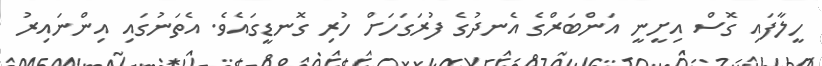
ހީލާފައި ގޮސް އިށީނީ އަންބަރްގެ އެނދުގެ ފުރަގަހަށް ހުރި ގޮނޑީގައެވެ. އެތަނުގައި އިންނައިރު